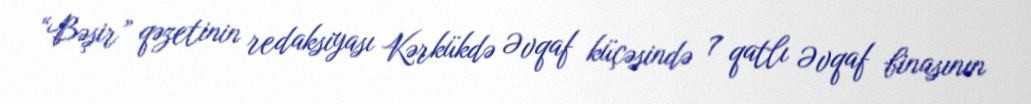
“Bəşir” qəzetinin redaksiyası Kərkükdə Əvqaf küçəsində 7 qatlı Əvqaf binasının